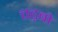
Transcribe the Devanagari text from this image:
चढ़बो